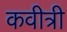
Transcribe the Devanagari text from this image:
कवीत्री